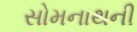
સોમનાથની